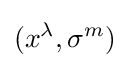
(x^{\lambda },\sigma ^{m})